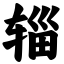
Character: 辎